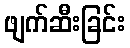
ဖျက်ဆီးခြင်း